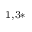
^ { 1 , 3 * }